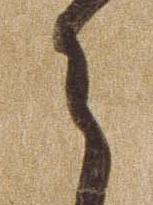
ら